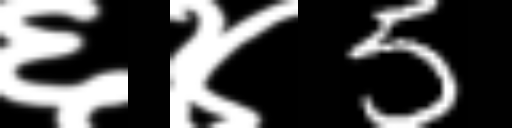
Text: ६४5